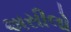
અસીલો